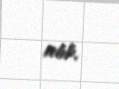
alıb.